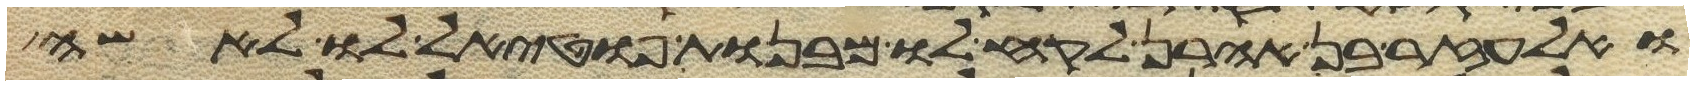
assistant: ואלעזר בן אהרן לקח לו מבנות פוטאל לו לאשה